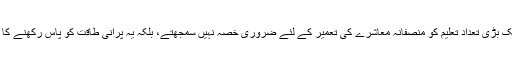
بظاہر پاکستانیوں کی ایک بڑی تعداد تعلیم کو منصفانہ معاشرے کی تعمیر کے لئے ضروری خصّہ نہیں سمجھتے، بلکہ یہ پرانی طاقت کو پاس رکھنے کا طریقہ سمجھا جاتا ہے۔